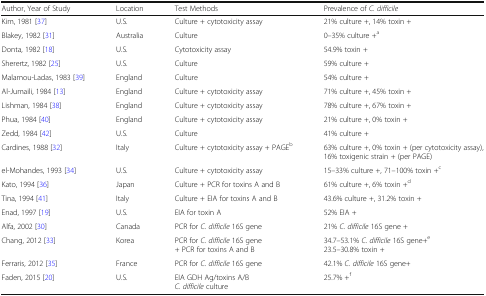
| Author, Year of Study | Location | Test Methods | Prevalence of C. difficile |
 | --- | --- | --- | --- |
 | Kim, 1981 [37] | U.S. | Culture + cytotoxicity assay | 21% culture +, 14% toxin + |
 | Blakey, 1982 [31] | Australia | Culture | 0–35% culture +a |
 | Donta, 1982 [18] | U.S. | Cytotoxicity assay | 54.9% toxin + |
 | Sherertz, 1982 [25] | U.S. | Culture | 59% culture + |
 | Malamou-Ladas, 1983 [39] | England | Culture | 54% culture + |
 | Al-Jumaili, 1984 [13] | England | Culture + cytotoxicity assay | 71% culture +, 45% toxin + |
 | Lishman, 1984 [38] | England | Culture + cytotoxicity assay | 78% culture +, 67% toxin + |
 | Phua, 1984 [40] | England | Culture + cytotoxicity assay | 21% culture +, 0% toxin + |
 | Zedd, 1984 [42] | U.S. | Culture | 41% culture + |
 | Cardines, 1988 [32] | Italy | Culture + cytotoxicity assay + PAGEb | 63% culture +, 0% toxin + (per cytotoxicity assay), 16% toxigenic strain + (per PAGE) |
 | el-Mohandes, 1993 [34] | U.S. | Culture + cytotoxicity assay | 15–33% culture +, 71–100% toxin +c |
 | Kato, 1994 [36] | Japan | Culture + PCR for toxins A and B | 61% culture +, 6% toxin +d |
 | Tina, 1994 [41] | Italy | Culture + EIA for toxins A and B | 43.6% culture +, 31.2% toxin + |
 | Enad, 1997 [19] | U.S. | EIA for toxin A | 52% EIA + |
 | Alfa, 2002 [30] | Canada | PCR for C. difficile 16S gene | 21% C. difficile 16S gene + |
 | Chang, 2012 [33] | Korea | PCR for C. difficile 16S gene+ PCR for toxins A and B | 34.7–53.1% C. difficile 16S gene+e23.5–30.8% toxin + |
 | Ferraris, 2012 [35] | France | PCR for C. difficile 16S gene | 42.1% C. difficile 16S gene+ |
 | Faden, 2015 [20] | U.S. | EIA GDH Ag/toxins A/BC. difficile culture | 25.7% +f |